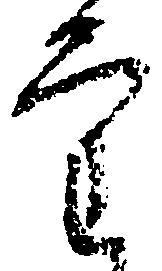
審